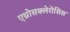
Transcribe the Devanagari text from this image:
एथ्रोसक्लेरोसिस